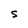
Character: S